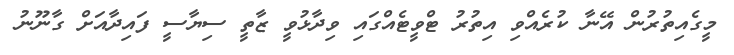
މީގެއިތުރުން އޭނާ ކުރެއްވި އިތުރު ޓްވީޓެއްގައި ވިދާޅުވީ ޒާތީ ސިޔާސީ ފައިދާއަށް ގާނޫނު